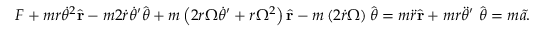
{ \boldsymbol { F } } + m r { \dot { \theta } } ^ { 2 } { \hat { \mathbf { r } } } - m 2 { \dot { r } } { \dot { \theta } } ^ { \prime } { \hat { \boldsymbol { \theta } } } + m \left( 2 r \Omega { \dot { \theta } } ^ { \prime } + r \Omega ^ { 2 } \right) { \hat { \mathbf { r } } } - m \left( 2 { \dot { r } } \Omega \right) { \hat { \boldsymbol { \theta } } } = m { \ddot { r } } { \hat { \mathbf { r } } } + m r { \ddot { \theta } } ^ { \prime } \ { \hat { \boldsymbol { \theta } } } = m { \tilde { { \boldsymbol { a } } . } }